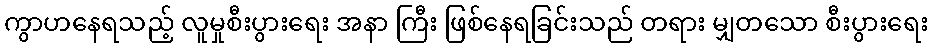
ကွာဟနေရသည့် လူမှုစီးပွားရေး အနာ ကြီး ဖြစ်နေရခြင်းသည် တရား မျှတသော စီးပွားရေး